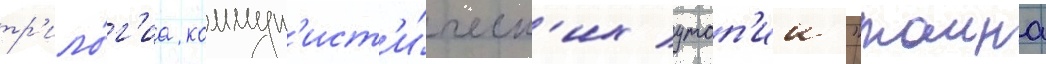
тр'ило́г'иа коммун'ист'и́ческ'их утоп'ии "таина